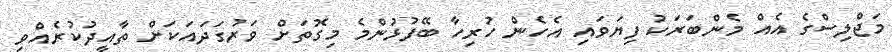
މަޖްލިސްގެ އެއް މެންބަރަކު ފިޔަވައި އެހެން ހުރިހާ ބޭފުޅުންމެ މިގޮތަށް ވަރުގަދައަކަށް ތާއީދުކުރެއްވި